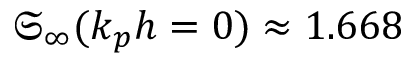
\mathfrak { S } _ { \infty } ( k _ { p } h = 0 ) \approx 1 . 6 6 8